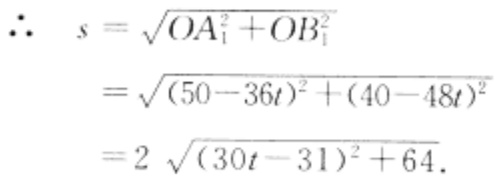
\[
\begin{align*}
\therefore\ s&=\sqrt{OA_{1}^{2}+OB_{1}^{2}}\\
&=\sqrt{(50 - 36t)^{2}+(40 - 48t)^{2}}\\
&=2\sqrt{(30t - 31)^{2}+64}.
\end{align*}
\]